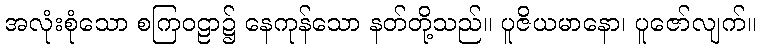
အလုံးစုံသော စကြဝဠာ၌ နေကုန်သော နတ်တို့သည်။ ပူဇိယမာနော၊ ပူဇော်လျက်။